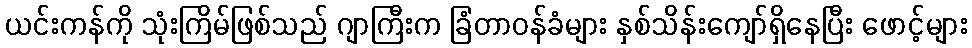
ယင်းကန်ကို သုံးကြိမ်ဖြစ်သည် ဂျာကြီးက ခြံတာဝန်ခံများ နှစ်သိန်းကျော်ရှိနေပြီး ဖောင့်များ